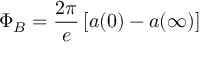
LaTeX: \Phi _ { B } = \frac { 2 \pi } e \left[ a ( 0 ) - a ( \infty ) \right]